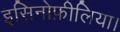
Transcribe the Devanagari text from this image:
इसिनोफ़ीलिया।